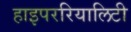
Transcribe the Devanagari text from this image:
हाइपररियालिटी